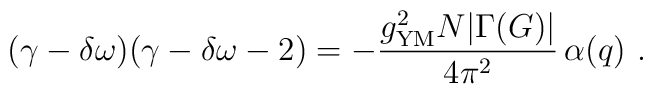
(\gamma-\delta\omega)(\gamma-\delta\omega-2)=-{g_{\rm YM}^2N|\Gamma(G)|\over 4\pi^2}\,\alpha(q) \ .